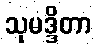
သုမဒ္ဒိတာ